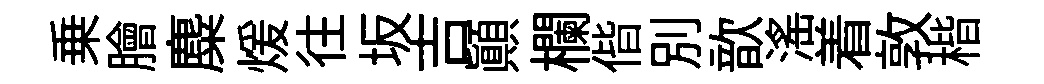
乗膾麋煖往坂吉顚欄偕別歆滛着敦楷